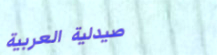
صيدلية العربية